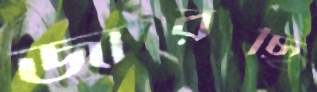
জারছি